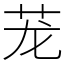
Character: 茏